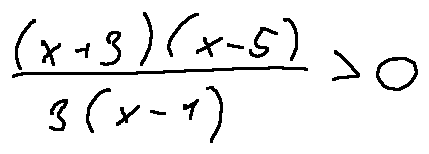
\frac { ( x + 3 ) ( x - 5 ) } { 3 ( x - 1 ) } > 0